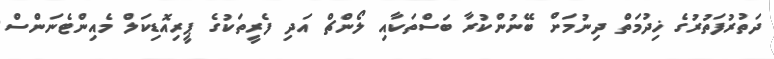
ދަތުރުފަތުރުގެ ޚިދުމަތް ދިނުމަށް ބޭނުންކުރާ ބަސްތަކާއި ލޯންޗް އަދި ފެރީތަކުގެ ޕީރިއޮޑިކަލް މެއިންޓެނަންސް